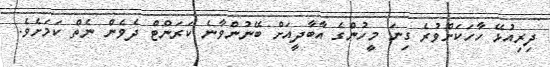
ދިރިއުޅޭ ހާހަކަށްވުރެ ގިނަ މީހުންގެ އާބާދީއަށް ބޭނުންވާނެ ކަރަންޓް ދެވެން ނެތް ކަމަށެވެ.